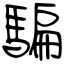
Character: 騙